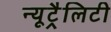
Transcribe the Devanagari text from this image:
न्यूट्रैलिटी